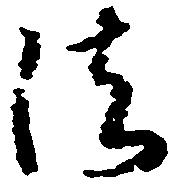
法